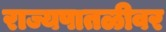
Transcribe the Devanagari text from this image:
राज्यपातळीवर